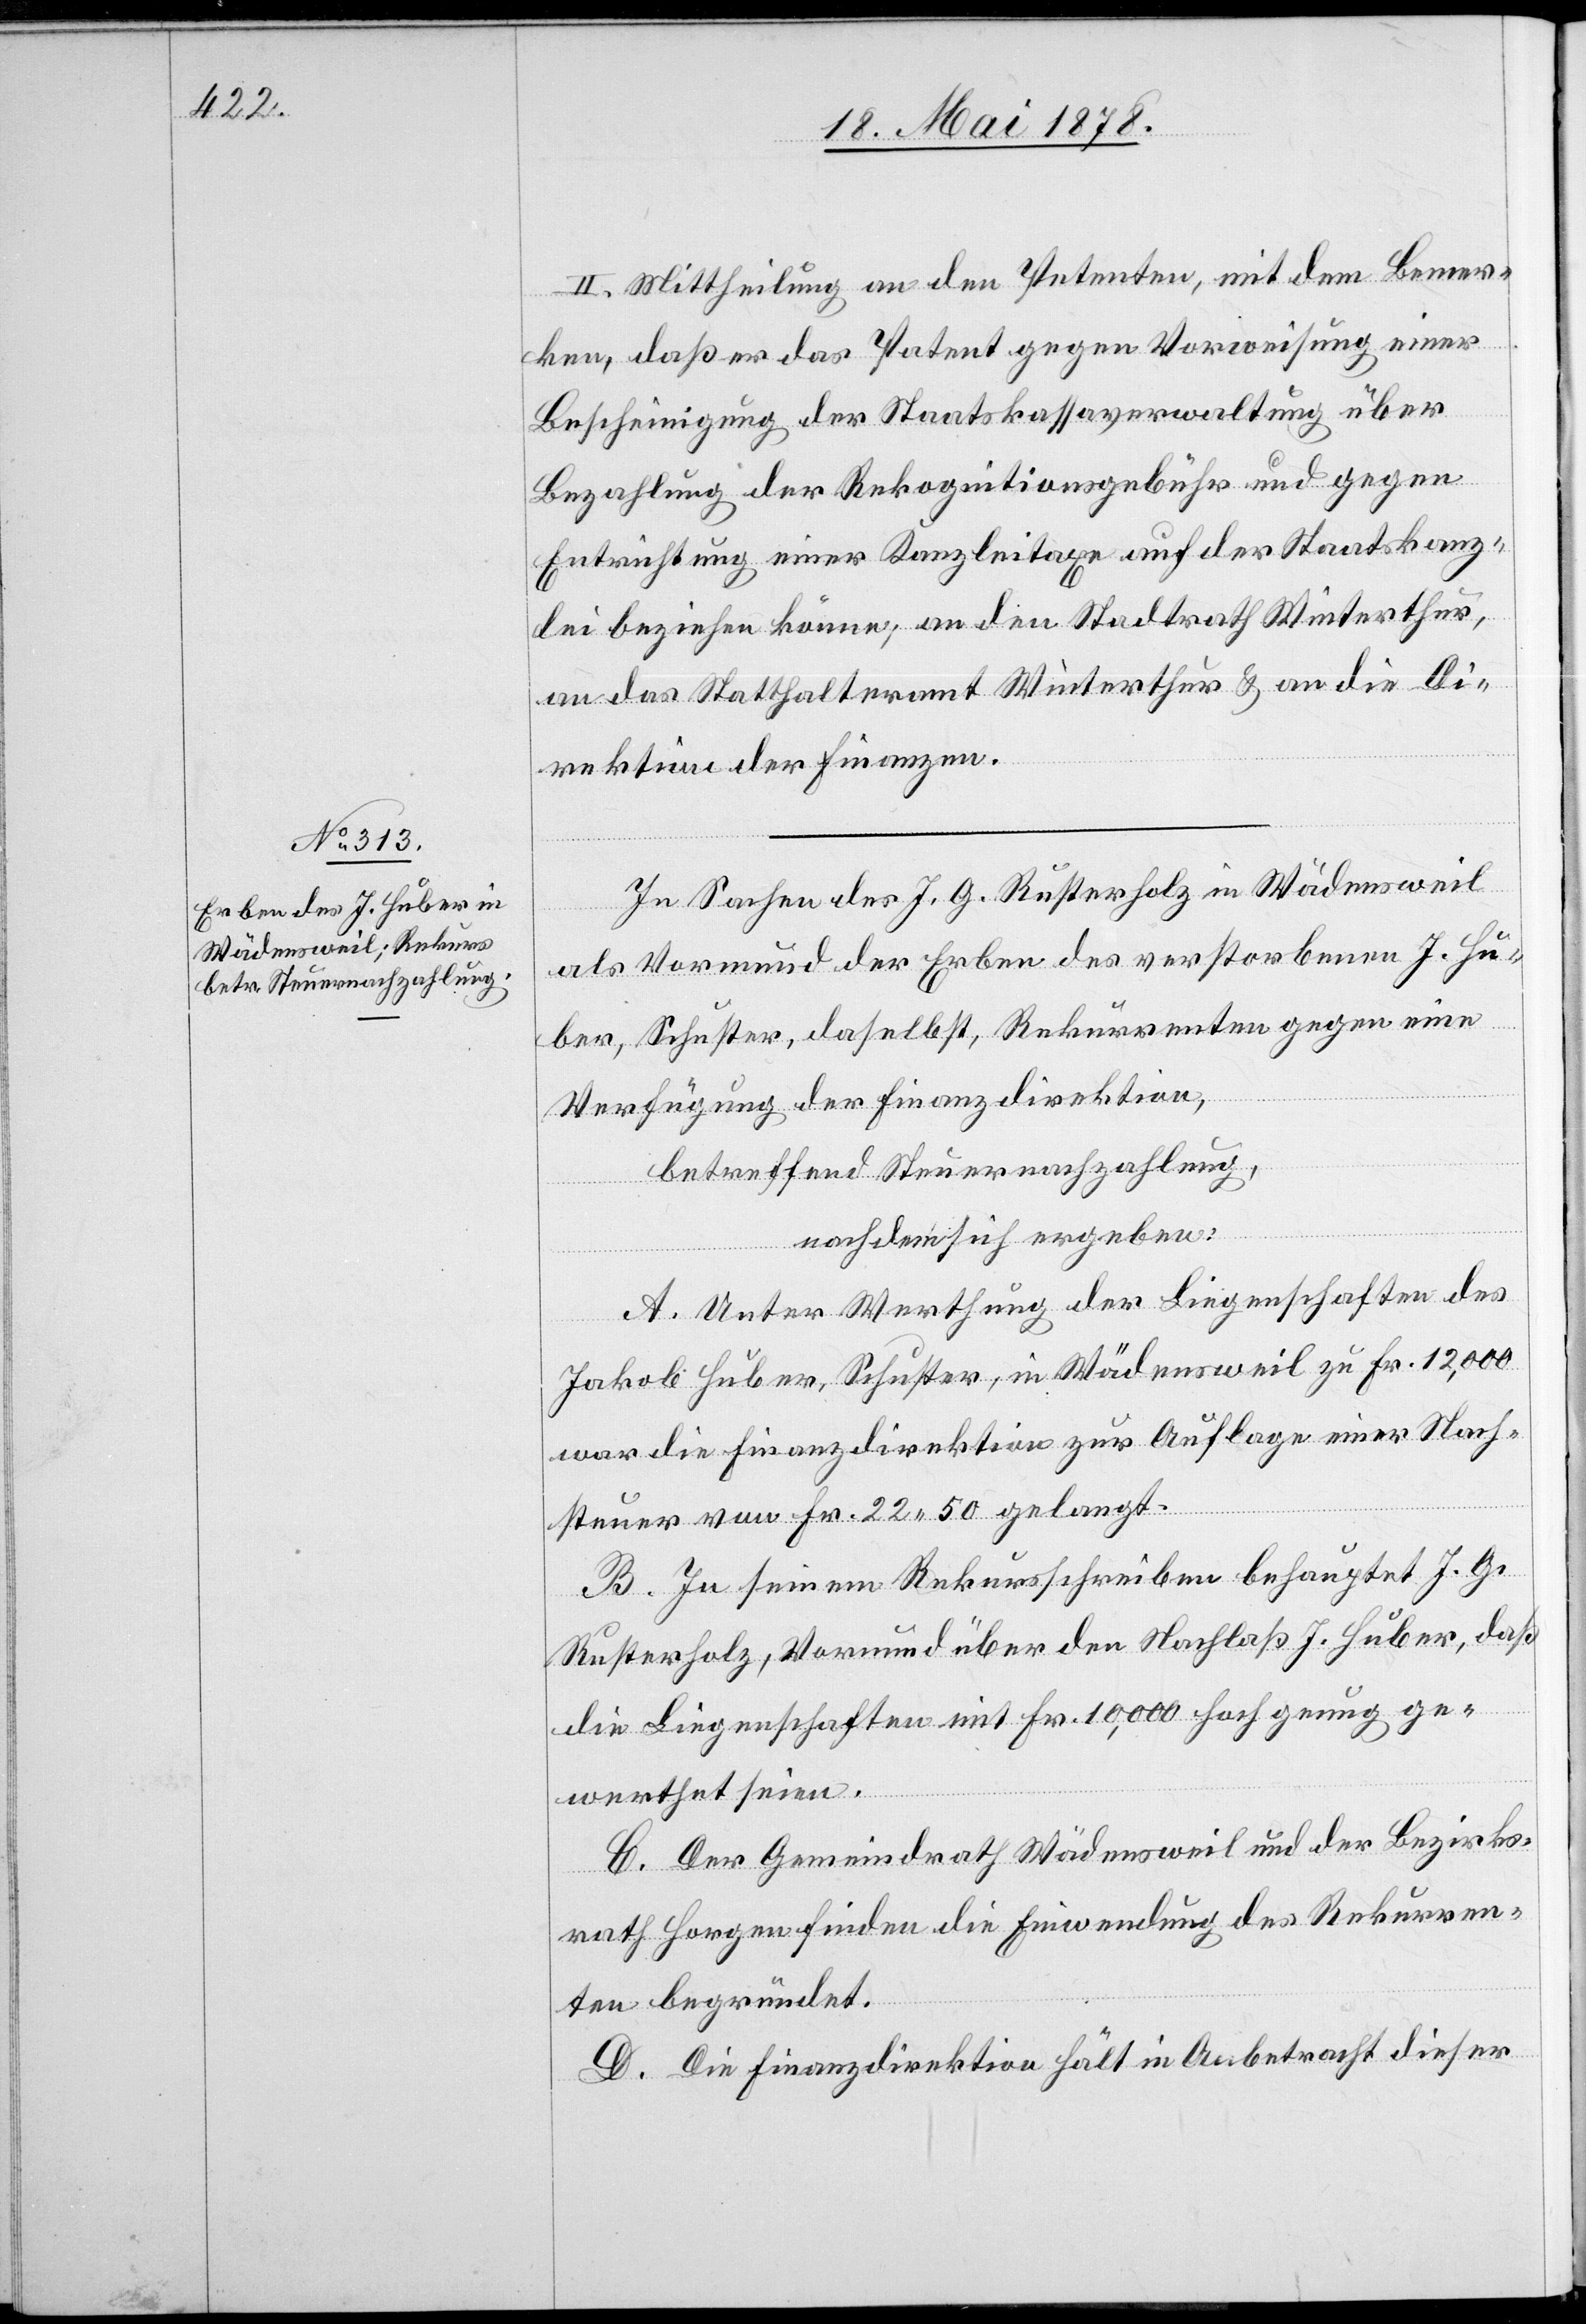
2.] Mittheilung an den Petenten, mit dem Bemer¬
ken, daß er das Patent gegen Vorweisung einer
Bescheinigung der Staatskassaverwaltung über
Bezahlung der Rekognitionsgebühr und gegen
Entrichtung einer Kanzleitaxe auf der Staatskanz¬
lei beziehen könne, an den Stadtrath Winterthur,
an das Statthalteramt Winterthur & an die Di¬
rektion der Finanzen.
In Sachen des J. G. Rusterholz in Wädensweil
als Vormund der Erben des verstorbenen J. Hu¬
ber, Schuster, daselbst, Rekurrenten gegen eine
Verfügung der Finanzdirektion,
betreffend Steuernachzahlung,
nachdem sich ergeben:
A. Unter Werthung der Liegenschaften des
Jakob Huber, Schuster, in Wädensweil zu Fr. 12,000
war die Finanzdirektion zur Auflage einer Nach¬
steuer von Fr. 22. 50 gelangt.
B. In seinem Rekursschreiben behauptet J. G.
Rusterholz, Vormund über den Nachlaß J. Huber, daß
die Liegenschaften mit Fr. 10,000 hoch genug ge¬
werthet seien.
C. Der Gemeindrath Wädensweil und der Bezirks¬
rath Horgen finden die Einwendung des Rekurren¬
ten begründet.
D. Die Finanzdirektion hält in Anbetracht dieser